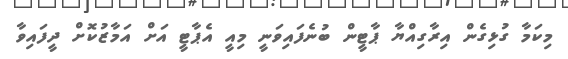
މިކަމާ ގުޅިގެން އިރާގިއްޔާ ޕާޓީން ބުނެފައިވަނީ މިއީ އެޕާޓީ އަށް އަމާޒުކޮށް ދީފައިވާ